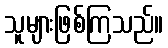
သူများဖြစ်ကြသည်။